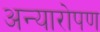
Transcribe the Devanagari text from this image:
अन्यारोपण